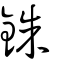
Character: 銖